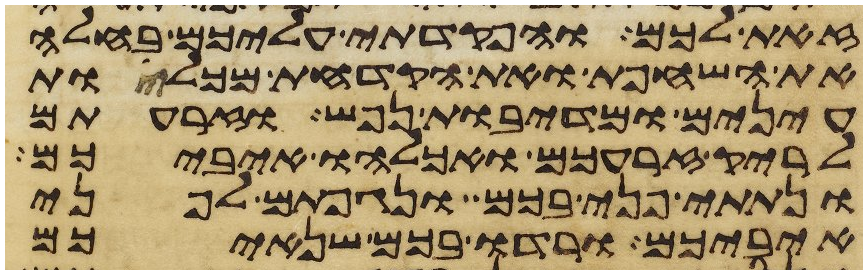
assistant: זאת לכם והפקדתי עליכם בחלה
את השחפת ואת הקדחת מכלות
עינים ומדיבת נפש וזרעתם
לריק זרעכם ואכלהו איביכם
ונתתי פני בכם ונגפתם לפני
איביכם ורדו בכם שנאיכם